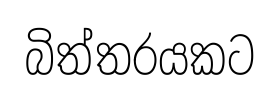
බිත්තරයකට